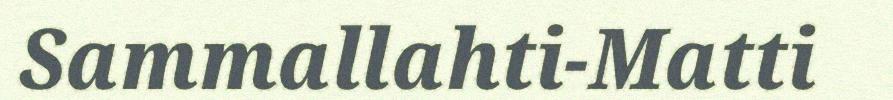
Sammallahti-Matti